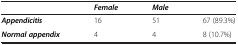
<table><thead><tr><td><b> </b></td><td><b><i>Female</i></b></td><td><b><i>Male</i></b></td><td><b> </b></td></tr></thead><tbody><tr><td><b><i>Appendicitis</i></b></td><td>16</td><td>51</td><td>67 (89.3%)</td></tr><tr><td><b><i>Normal appendix</i></b></td><td>4</td><td>4</td><td>8 (10.7%)</td></tr></tbody></table>